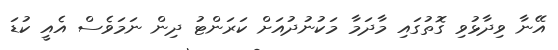
އޭނާ ވިދާޅުވި ގޮތުގައި މާދަމާ މަކުނުދުއަށް ކަރަންޓު ދިން ނަމަވެސް އެއީ ކުޑަ